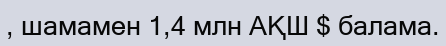
, шамамен 1,4 млн АҚШ $ балама.